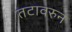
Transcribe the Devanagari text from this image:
तटावरुन